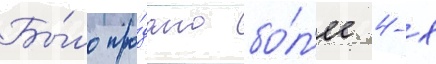
Бы́ло про́дано бо́л'ее 4-х